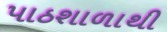
પાઠશાળાથી